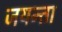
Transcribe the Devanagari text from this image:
जयन्ता